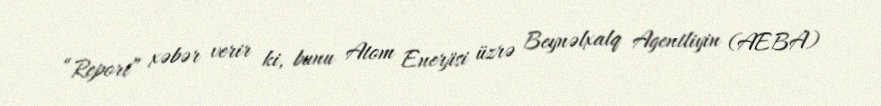
“Report” xəbər verir ki, bunu Atom Enerjisi üzrə Beynəlxalq Agentliyin (AEBA)